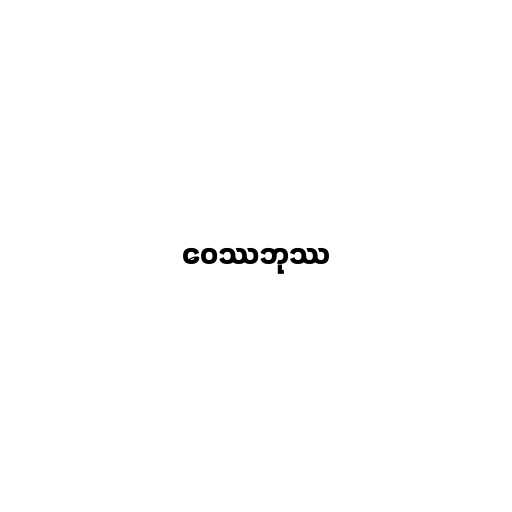
ဝေဿဘုဿ